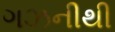
ગઝનીથી